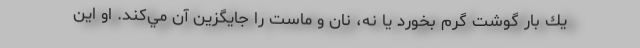
يك بار گوشت گرم بخورد يا نه، نان و ماست را جايگزين آن مي‌كند. او اين